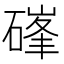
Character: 𮀷